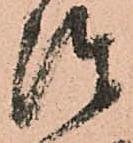
陣